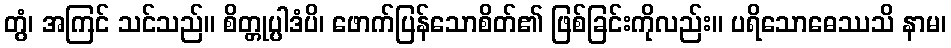
တွံ၊ အကြင် သင်သည်။ စိတ္တုပ္ပါဒံပိ၊ ဖောက်ပြန်သောစိတ်၏ ဖြစ်ခြင်းကိုလည်း။ ပရိသောဓေဿသိ နာမ၊